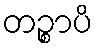
တဉ္စာပိ